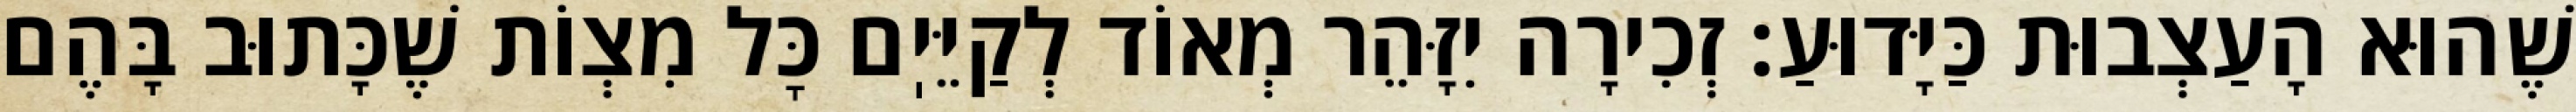
שֶׁהוּא הָעַצְבוּת כַּיָּדוּעַ: זְכִירָה יִזָּהֵר מְאוֹד לְקַיֵּיֽם כׇּל מִצְוֹת שֶׁכָּתוּב בָּהֶם